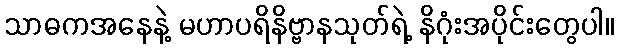
သာဓကအနေနဲ့ မဟာပရိနိဗ္ဗာနသုတ်ရဲ့ နိဂုံးအပိုင်းတွေပါ။